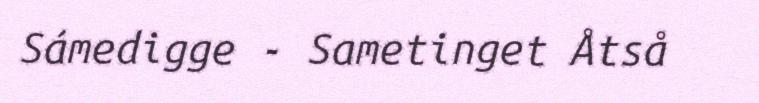
Sámedigge - Sametinget Åtså